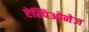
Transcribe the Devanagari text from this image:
ऐस्पिओनेज